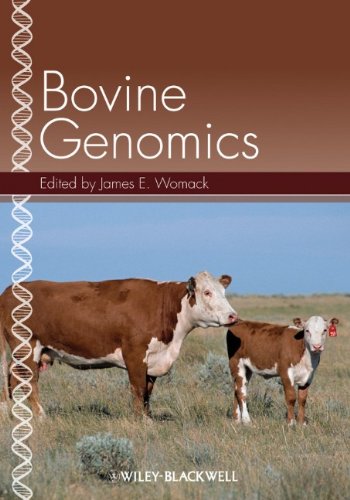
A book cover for Bovine Genomics; Medical Books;